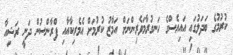
ކުރުމުގެ ބަދަލުގައި އައިއެސްގެ ހަނގުރާމަވެރިންނަށް އަމާޒު ކުރުމަށް އެމެރިކާއާއި ފްރާންސުން ދަނީ ރަޝިއާ